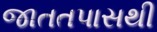
જાતતપાસથી